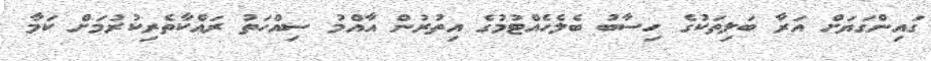
ގައިންގަޔަށް އަރާ ބަލިތަކުގެ ހިސާބު ބެލެހެއްޓުމުގެ އިތުރުން އާއްމު ސިއްހަތު ރައްކާތެރިކުރުމަށް ކަމާ